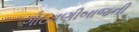
ગોઠવણીબાજની